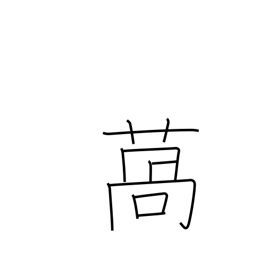
Meaning: lettuce